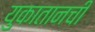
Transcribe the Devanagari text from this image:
युकातानची